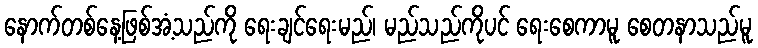
နောက်တစ်နေ့ဖြစ်အံ့သည်ကို ရေးချင်ရေးမည်၊ မည်သည်ကိုပင် ရေးစေကာမူ စေတနာသည်မူ